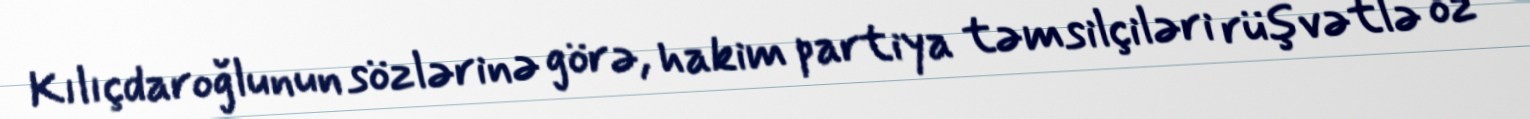
Kılıçdaroğlunun sözlərinə görə, hakim partiya təmsilçiləri rüşvətlə öz